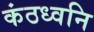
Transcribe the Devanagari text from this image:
कंठध्वनि